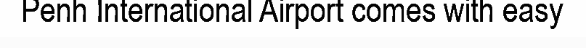
Penh International Airport comes with easy